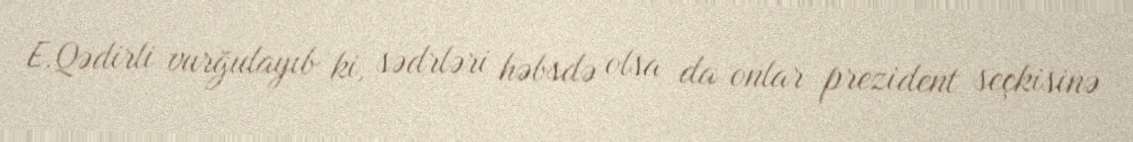
E.Qədirli vurğulayıb ki, sədrləri həbsdə olsa da onlar prezident seçkisinə